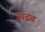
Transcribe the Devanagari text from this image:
आद्रव